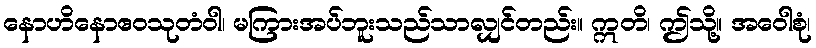
နောဟိနောဧဝသုတံဝါ၊ မကြားအပ်ဘူးသည်သာလျှင်တည်း။ ဣတိ၊ ဤသို့။ အဝေါစုံ၊